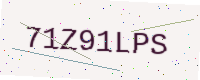
Text: 71Z91LPS